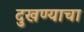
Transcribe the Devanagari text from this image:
दुखण्याचा